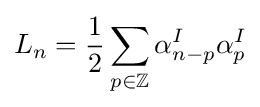
L_{n}={\frac {1}{2}}\sum _{p\in \mathbb {Z} }\alpha _{n-p}^{I}\alpha _{p}^{I}